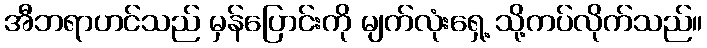
အီဘရာဟင်သည် မှန်ပြောင်းကို မျက်လုံးရှေ့ သို့ကပ်လိုက်သည်။